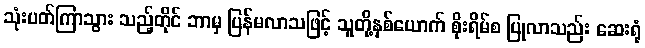
သုံးပတ်ကြာသွား သည့်တိုင် ဘာမှ ပြန်မလာသဖြင့် သူတို့နှစ်ယောက် စိုးရိမ်စ ပြုလာသည်း ဆေးရုံ